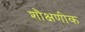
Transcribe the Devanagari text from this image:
शौक्षणीक